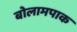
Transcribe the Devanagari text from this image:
बोलामपाक